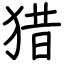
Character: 猎